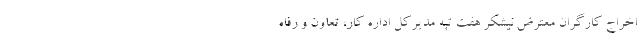
اخراج کارگران معترض نیشکر هفت تپه مدیرکل اداره کار، تعاون و رفاه